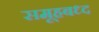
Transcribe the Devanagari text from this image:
समूहबध्द